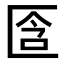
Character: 𠤿